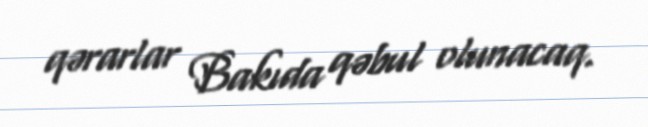
qərarlar Bakıda qəbul olunacaq.